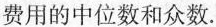
费用的中位数和众数.